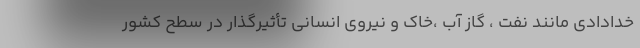
خدادادی مانند نفت ، گاز آب ،خاک و نیروی انسانی تأثیرگذار در سطح کشور